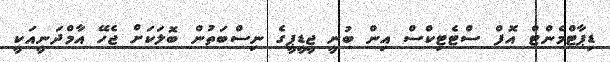
ޑިޕާޓްމެންޓް އޮފް ސްޓެޓިކްސް އިން ބުނީ ޖީޑީޕީގެ ނިސްބަތުން ބޮލަކަށް ޖެހޭ އާމްދަނީއަކީ